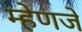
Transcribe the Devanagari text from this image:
म्हेणजे